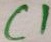
Text: C1